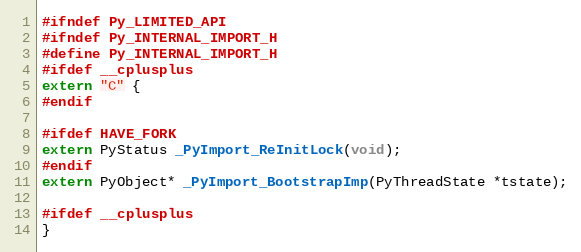
Language: C
#ifndef Py_LIMITED_API
#ifndef Py_INTERNAL_IMPORT_H
#define Py_INTERNAL_IMPORT_H
#ifdef __cplusplus
extern "C" {
#endif

#ifdef HAVE_FORK
extern PyStatus _PyImport_ReInitLock(void);
#endif
extern PyObject* _PyImport_BootstrapImp(PyThreadState *tstate);

#ifdef __cplusplus
}